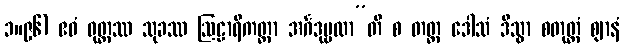
၁။၉၆) ဧဝံ ဝုတ္တဿ သုခဿ ဩဠာရိကတ္တာ အင်္ဂဒုဗ္ဗလာ”တိ စ တတ္ထ ဒေါသံ ဒိသွာ စတုတ္ထံ ဈာနံ